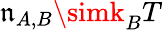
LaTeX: \mathfrak{n}_{A,B}\simk_{B}T